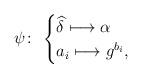
LaTeX: \begin{align*}\psi\colon\thinspace \begin{cases}\widehat{\delta} \longmapsto \alpha \\a_i \longmapsto g^{b_i}, \;\end{cases}\end{align*}